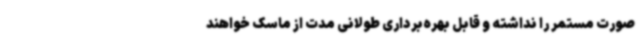
صورت مستمر را نداشته و قابل بهره‌برداری طولانی مدت از ماسک خواهند